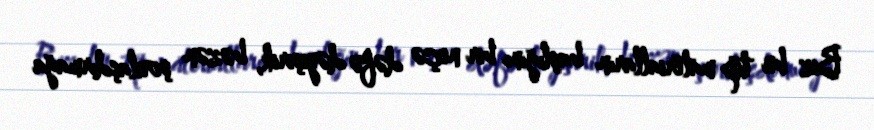
Biz bu tip materialların başlığını bir neçə dəfə dəyişirik, bəzən şoulaşdırmağa